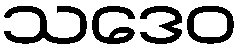
သဒေဝ